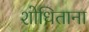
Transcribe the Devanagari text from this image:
शोधिताना